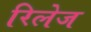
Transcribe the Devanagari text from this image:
रिलेज